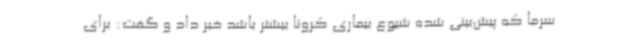
سرما که پیش‌بینی شده شیوع بیماری کرونا بیشتر باشد خبر داد و گفت: برای